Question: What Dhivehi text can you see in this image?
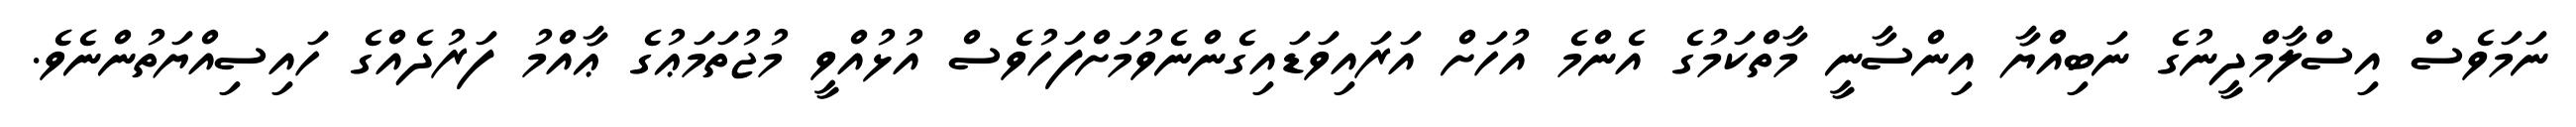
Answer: ނަމަވެސް އިސްލާމްދީނުގެ ނަބިއްޔާ އިންސާނީ މާތްކަމުގެ އެންމެ އުހަށް އަރައިވަޑައިގެންނެވުމަށްފަހުވެސް އުޅުއްވީ މުޖުތަމަޢުގެ ޢާއްމު ފަރުދެއްގެ ހައިސިއްޔަތުންނެވެ.